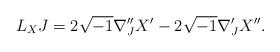
LaTeX: \begin{align*} L_X J = 2\sqrt{-1}\nabla^{\prime\prime}_J X^\prime - 2 \sqrt{-1}\nabla^\prime_J X^{\prime\prime}. \end{align*}